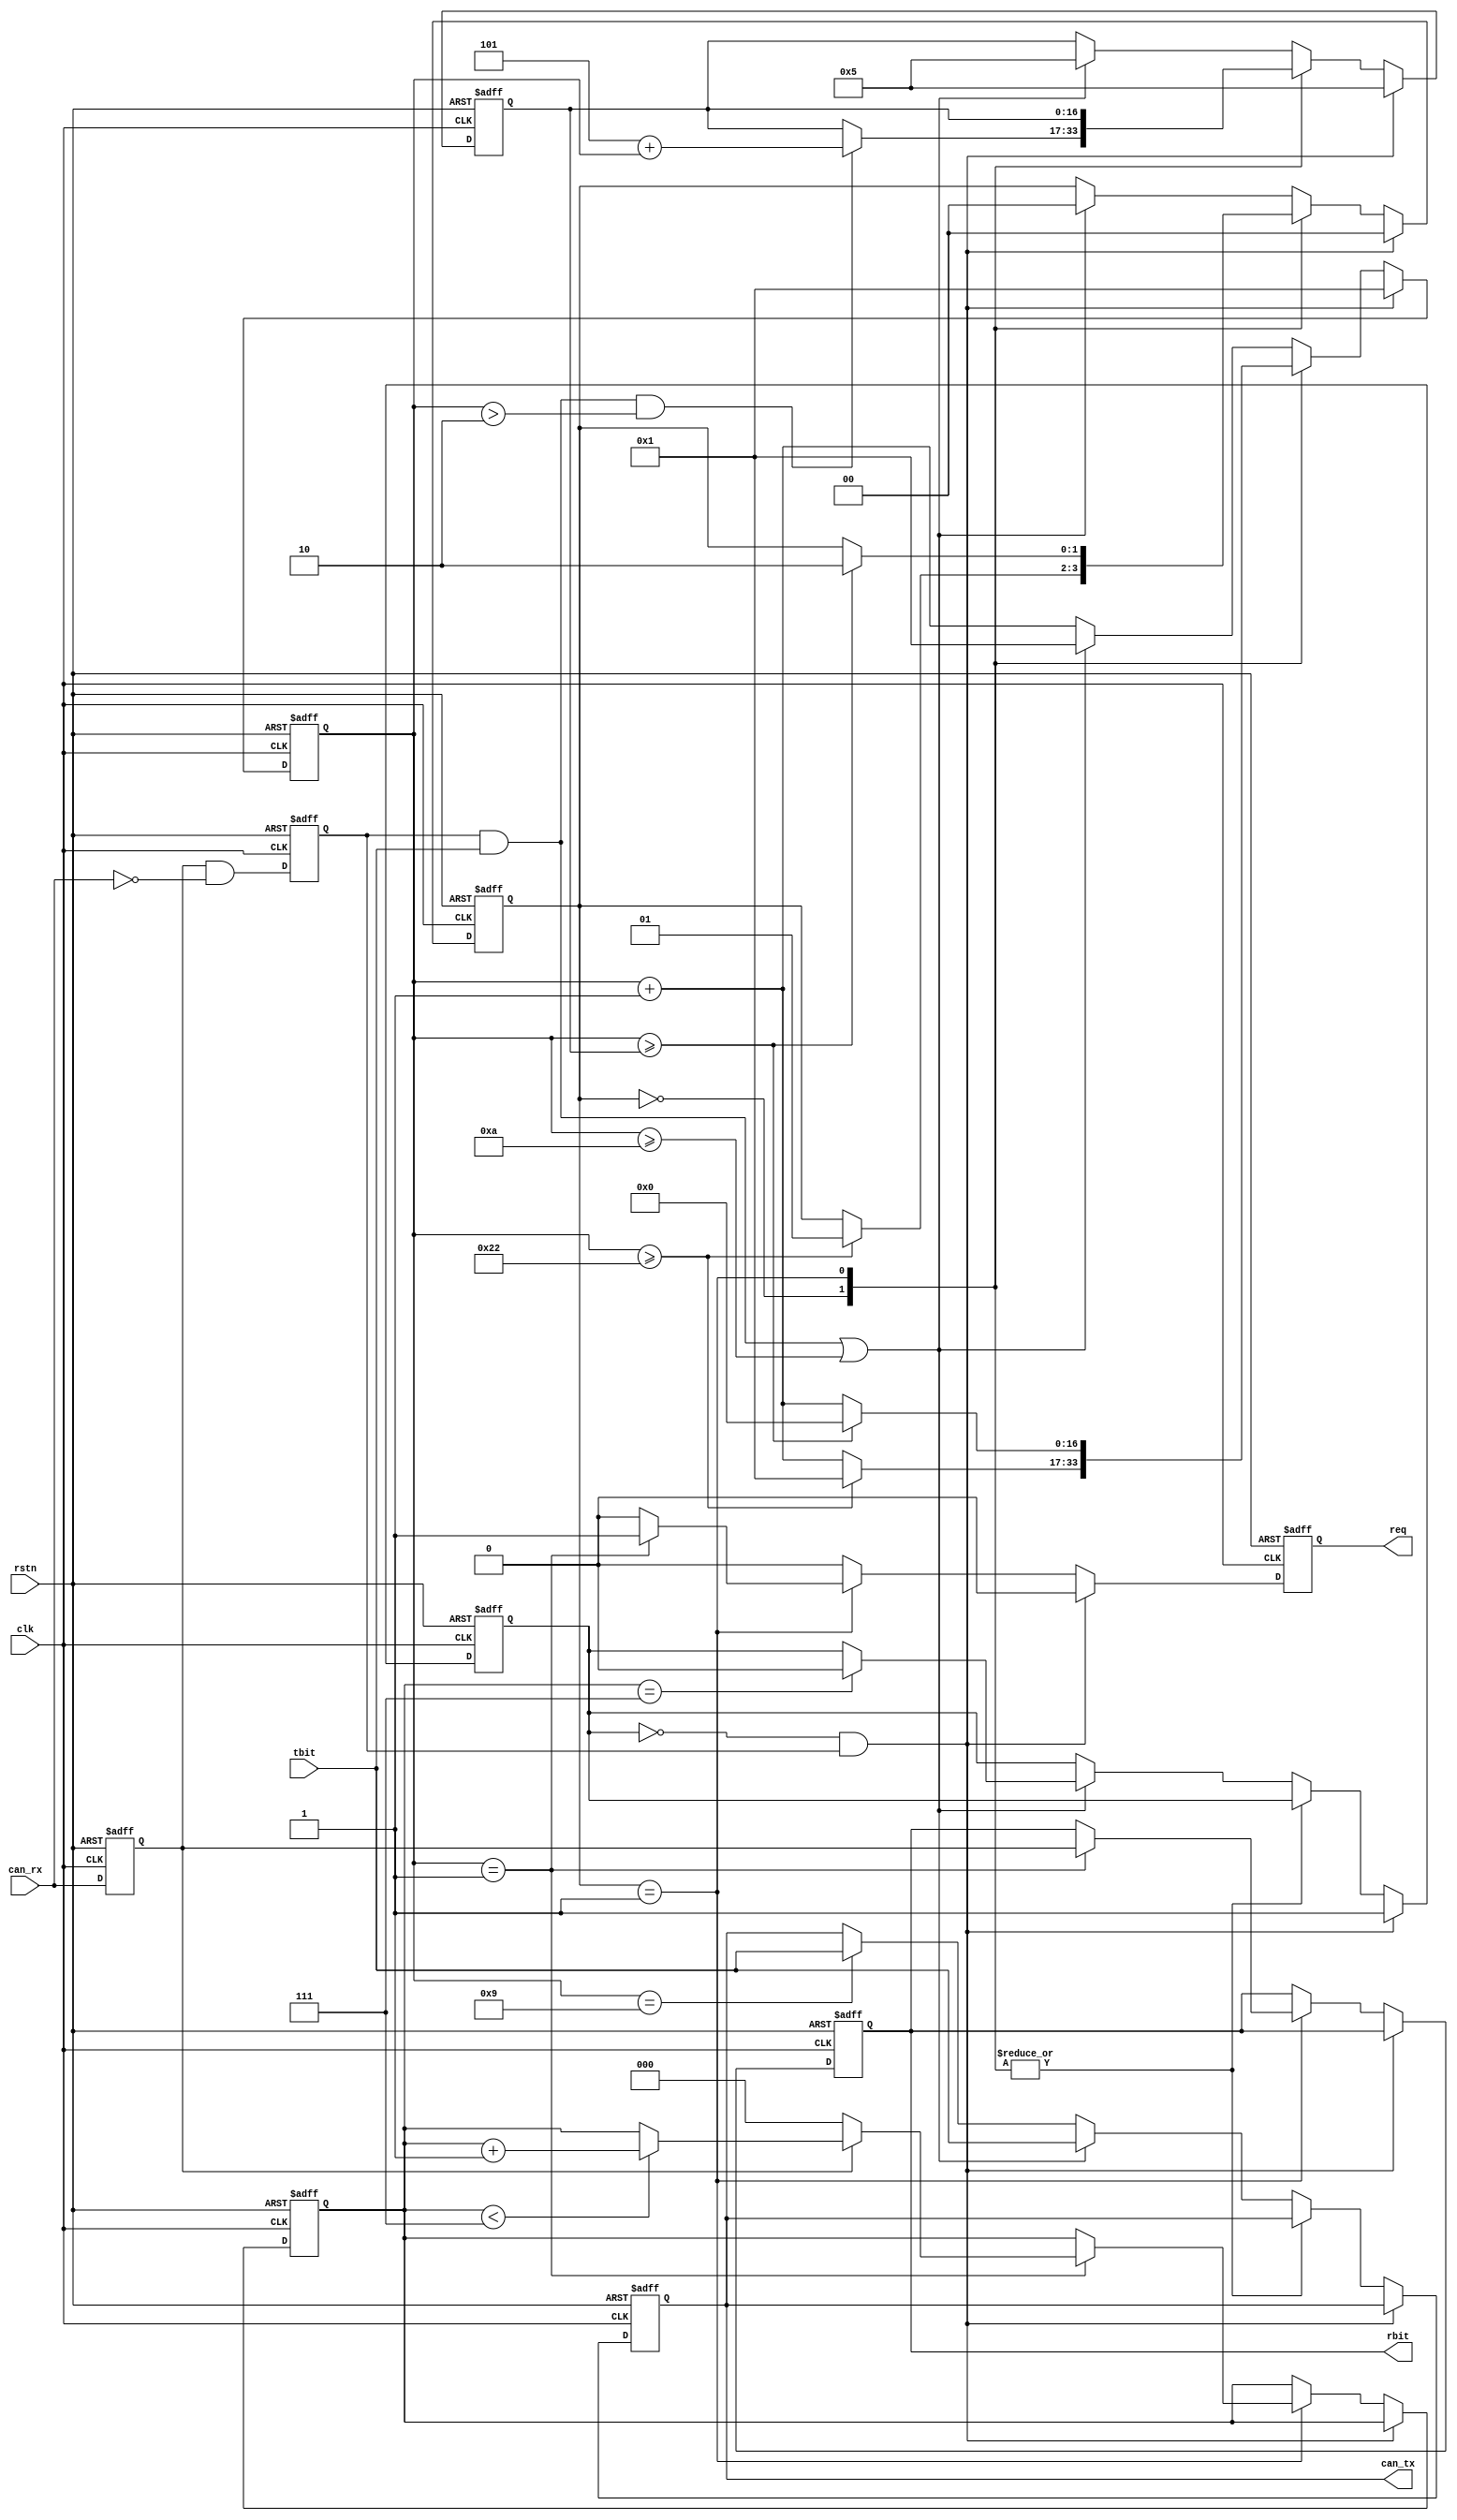

//--------------------------------------------------------------------------------------------------------
// Module  : can_level_bit
// Type    : synthesizable, IP's sub module
// Standard: Verilog 2001 (IEEE1364-2001)
// Function: CAN bus bit level controller,
//           instantiated by can_level_packet
//--------------------------------------------------------------------------------------------------------

module can_level_bit #(
    parameter [15:0] default_c_PTS  = 16'd34,
    parameter [15:0] default_c_PBS1 = 16'd5,
    parameter [15:0] default_c_PBS2 = 16'd10
) (
    input  wire        rstn,  // set to 1 while working
    input  wire        clk,   // system clock, eg, when clk=50000kHz, can baud rate = 50000/(1+default_c_PTS+default_c_PBS1+default_c_PBS2) = 100kHz
    // CAN TX and RX
    input  wire        can_rx,
    output reg         can_tx,
    // user interface
    output reg         req,   // indicate the bit border
    output reg         rbit,  // last bit recieved, valid when req=1
    input  wire        tbit   // next bit to transmit, must set at the cycle after req=1
);


initial can_tx = 1'b1;
initial req  = 1'b0;
initial rbit = 1'b1;

reg        rx_buf = 1'b1;
reg        rx_fall = 1'b0;

always @ (posedge clk or negedge rstn)
    if(~rstn) begin
        rx_buf  <= 1'b1;
        rx_fall <= 1'b0;
    end else begin
        rx_buf  <= can_rx;
        rx_fall <= rx_buf & ~can_rx;
    end


localparam [16:0] default_c_PTS_e  = {1'b0, default_c_PTS};
localparam [16:0] default_c_PBS1_e = {1'b0, default_c_PBS1};
localparam [16:0] default_c_PBS2_e = {1'b0, default_c_PBS2};

reg  [16:0] adjust_c_PBS1 = 17'd0;
reg  [ 2:0] cnt_high = 3'd0;
reg  [16:0] cnt = 17'd1;
reg         inframe = 1'b0;

localparam [1:0] STAT_PTS  = 2'd0,
                 STAT_PBS1 = 2'd1,
                 STAT_PBS2 = 2'd2;

reg [1:0] stat = STAT_PTS;


always @ (posedge clk or negedge rstn)
    if(~rstn) begin
        can_tx <= 1'b1;
        req <= 1'b0;
        rbit <= 1'b1;
        adjust_c_PBS1 <= 8'd0;
        cnt_high <= 3'd0;
        cnt <= 17'd1;
        stat <= STAT_PTS;
        inframe <= 1'b0;
    end else begin
        req <= 1'b0;
        if(~inframe & rx_fall) begin
            adjust_c_PBS1 <= default_c_PBS1_e;
            cnt <= 17'd1;
            stat <= STAT_PTS;
            inframe <= 1'b1;
        end else begin
            case(stat)
                STAT_PTS: begin
                    if( (rx_fall & tbit) && cnt>17'd2 )
                        adjust_c_PBS1 <= default_c_PBS1_e + cnt;
                    if(cnt>=default_c_PTS_e) begin
                        cnt <= 17'd1;
                        stat <= STAT_PBS1;
                    end else
                        cnt <= cnt + 17'd1;
                end
                
                STAT_PBS1: begin
                    if(cnt==17'd1) begin
                        req <= 1'b1;
                        rbit <= rx_buf;   // sampling bit
                        cnt_high <= rx_buf ? cnt_high<3'd7 ? cnt_high+3'd1 : cnt_high : 3'd0;
                    end
                    if(cnt>=adjust_c_PBS1) begin
                        cnt <= 17'd0;
                        stat <= STAT_PBS2;
                    end else
                        cnt <= cnt + 17'd1;
                end
                
                default : begin   // STAT_PBS2 : 
                    if( (rx_fall & tbit) || (cnt>=default_c_PBS2_e) ) begin
                        can_tx <= tbit;
                        adjust_c_PBS1 <= default_c_PBS1_e;
                        cnt <= 17'd1;
                        stat <= STAT_PTS;
                        if(cnt_high==3'd7) inframe <= 1'b0;
                    end else begin
                        cnt <= cnt + 17'd1;
                        if(cnt==default_c_PBS2_e-17'd1)
                            can_tx <= tbit;
                    end
                end
            endcase
        end
    end

endmodule